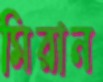
মিরান